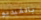
بالفيديو